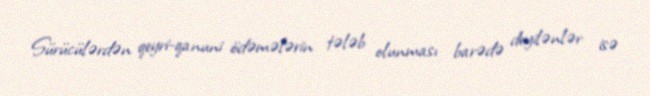
Sürücülərdən qeyri-qanuni ödəmələrin tələb olunması barədə deyilənlər isə